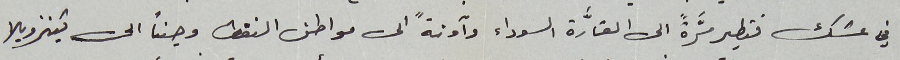
في عشك فتطير مرَّةً الى القارَّة السوداء وآونةً الى مواطن النفط وحيناً الى فينزويلا